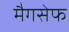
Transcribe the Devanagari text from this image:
मैगसेफ